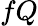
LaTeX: fQ